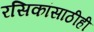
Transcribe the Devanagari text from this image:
रसिकांसाठीही